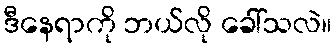
ဒီနေရာကို ဘယ်လို ခေါ်သလဲ။